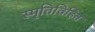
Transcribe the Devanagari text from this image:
स्मृतिविहित